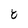
Character: 8